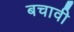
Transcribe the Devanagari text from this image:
बचावी